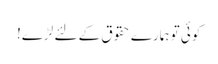
کوئی تو ہمارے حقوق کے لئے لڑے!